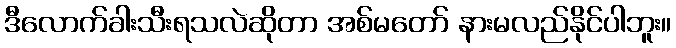
ဒီလောက်ခါးသီးရသလဲဆိုတာ အစ်မတော် နားမလည်နိုင်ပါဘူး။